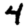
Digit: 4